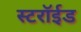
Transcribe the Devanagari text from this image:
स्टरॉईड